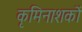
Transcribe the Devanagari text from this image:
कृमिनाशकों